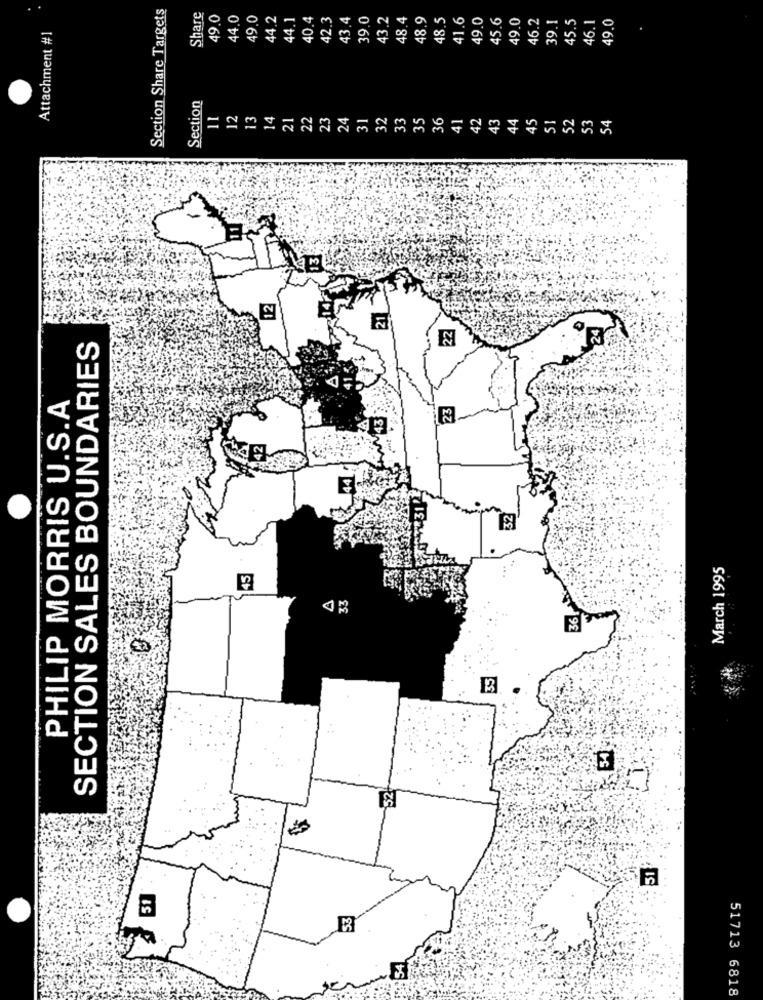
Section Share Targets
Share
49.0
44.0
49.0
44.2
44.1
40.4
42.3
43.4
39.0
43.2
48.4
48.9
48.5
41.6
49.0
45.6
49.0
46.2
39.1
45.5
46.1
49.0
Attachment #1
Section
11
12
13
14
21
22
23
24
31
32
33
35
36
41
42
43
44
45
51
52
53
54
12
SECTION SALES BOUNDARIES
PHILIP MORRIS U.S.A
March 1995
45
36
35
54
51
51
51713 6818